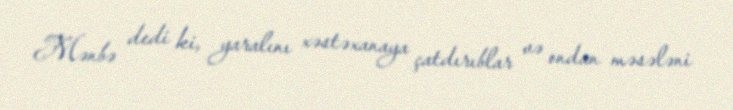
Mənbə dedi ki, yaralını xəstəxanaya çatdırıblar və ondan məsələni